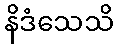
နိဒံသေသိ